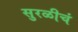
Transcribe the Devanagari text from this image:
सुरळीचं